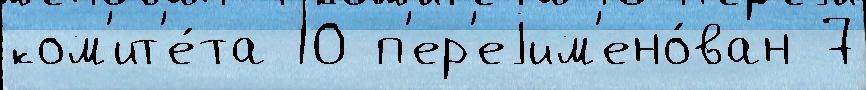
ком'ит'е́та 10 п'ер'еjим'ено́ван 7